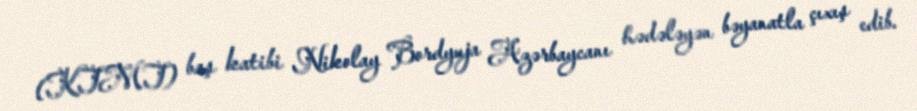
(KTMT) baş katibi Nikolay Bordyuja Azərbaycanı hədələyən bəyanatla çıxış edib.